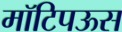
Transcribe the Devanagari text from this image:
मॉटिपऊस